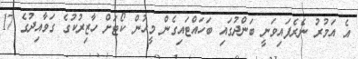
އެ އަމުރު ނެރެފައިވަނީ ބަންދުގައި ބަހައްޓައިގެން މީހުން ކޯޓަށް ހާޒިރުކުގެ ގަވާއިދުގެ 17